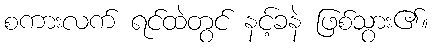
စကားလက် ရင်ထဲတွင် နင့်ခနဲ ဖြစ်သွား၏။